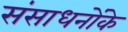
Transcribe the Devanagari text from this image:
संसाधनोंके